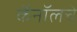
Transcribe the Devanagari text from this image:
कॅनॉलचे